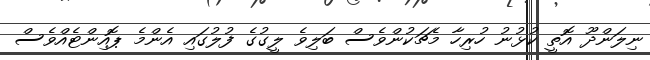
ނިލަންދޫ އޮތީ ކުޅުނު ހުރިހާ މެޗަކުންވެސް ބަލިވެ ލީގުގެ ފުލުގައި އެންމެ ޕޮއިންޓެއްވެސް